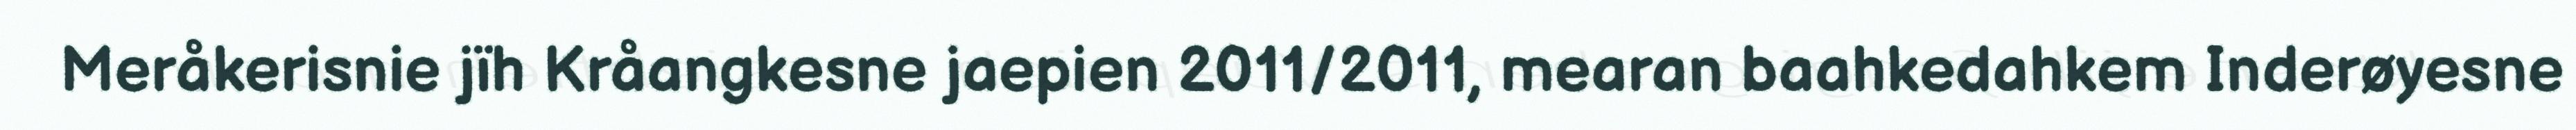
Meråkerisnie jïh Kråangkesne jaepien 2011/2011, mearan baahkedahkem Inderøyesne